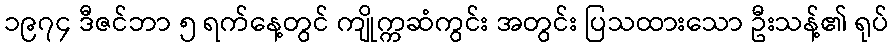
၁၉၇၄ ဒီဇင်ဘာ ၅ ရက်နေ့တွင် ကျိုက္ကဆံကွင်း အတွင်း ပြသထားသော ဦးသန့်၏ ရုပ်